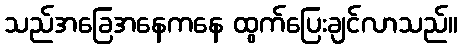
သည်အခြေအနေကနေ ထွက်ပြေးချင်လာသည်။